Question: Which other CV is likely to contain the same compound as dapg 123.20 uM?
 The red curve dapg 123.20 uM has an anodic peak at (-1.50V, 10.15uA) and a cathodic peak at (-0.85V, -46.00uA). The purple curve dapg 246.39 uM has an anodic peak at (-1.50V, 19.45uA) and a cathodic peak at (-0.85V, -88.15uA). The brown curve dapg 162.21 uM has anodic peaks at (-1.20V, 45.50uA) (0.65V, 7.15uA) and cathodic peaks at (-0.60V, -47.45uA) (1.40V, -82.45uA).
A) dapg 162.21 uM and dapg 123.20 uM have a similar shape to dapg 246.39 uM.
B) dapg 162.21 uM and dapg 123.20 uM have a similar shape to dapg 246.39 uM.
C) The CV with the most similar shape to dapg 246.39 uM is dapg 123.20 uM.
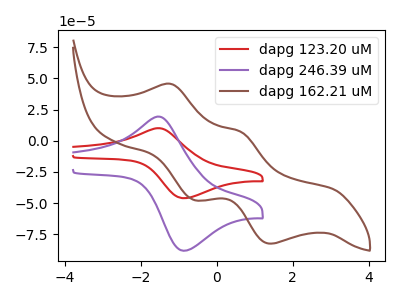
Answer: <think>All the peaks in "dapg 123.20 uM" have a peak in "dapg 246.39 uM" at the same potential. Every peak in "dapg 123.20 uM" is lower than every peak in "dapg 246.39 uM". "dapg 123.20 uM" and "dapg 162.21 uM" have a different number of peaks. "dapg 246.39 uM" and "dapg 162.21 uM" have a different number of peaks.
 </think>
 <answer>C) The CV with the most similar shape to "dapg 246.39 uM" is "dapg 123.20 uM".</answer>
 <eval>C</eval>